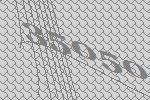
35050